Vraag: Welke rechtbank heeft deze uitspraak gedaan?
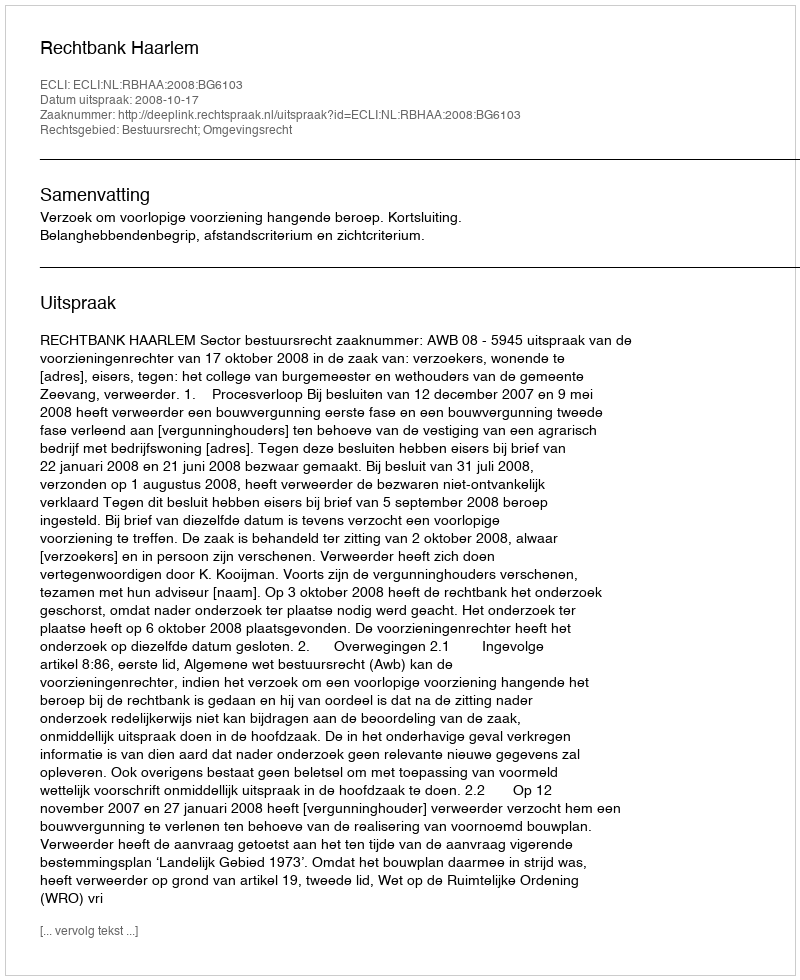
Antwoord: Rechtbank Haarlem